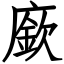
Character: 廞